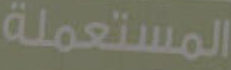
المستعملة